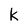
Character: k